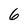
Character: 6